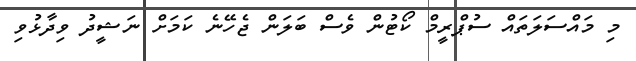
މި މައްސަލަތައް ސުޕްރީމް ކޯޓުން ވެސް ބަލަން ޖެހޭނެ ކަމަށް ނަޝީދު ވިދާޅުވި